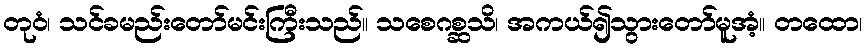
တုဝံ၊ သင်ခမည်းတော်မင်းကြီးသည်။ သစေဂစ္ဆသိ၊ အကယ်၍သွားတော်မူအံ့။ တထော၊